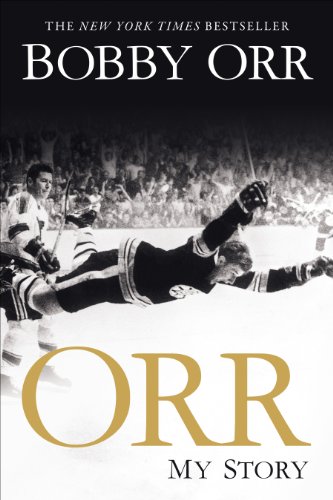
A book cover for Orr: My Story; Bobby Orr; Biographies & Memoirs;